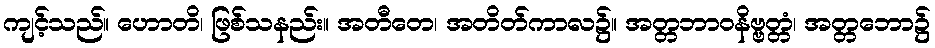
ကျင့်သည်။ ဟောတိ၊ ဖြစ်သနည်း။ အတီတေ၊ အတိတ်ကာလ၌။ အတ္တဘာဝနိဗ္ဗတ္တံ၊ အတ္တဘော၌